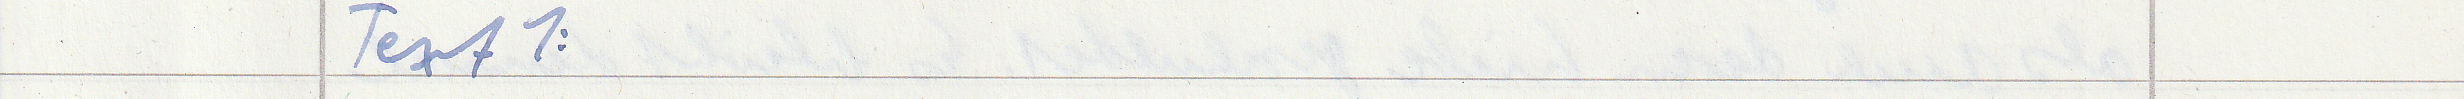
Text 1: